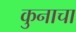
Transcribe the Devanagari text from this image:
कुनाचा